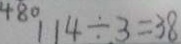
1 1 4 \div 3 = 3 8